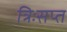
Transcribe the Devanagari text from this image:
त्रिःसप्त